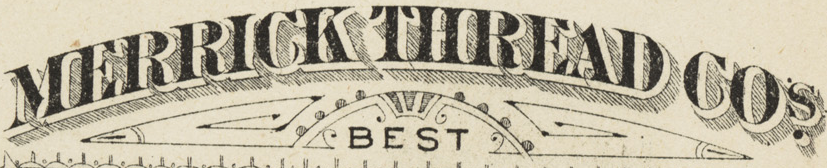
MERRICK THREAD COS.